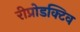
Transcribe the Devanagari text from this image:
रीप्रोडक्टिव